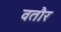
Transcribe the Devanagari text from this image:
वतौर